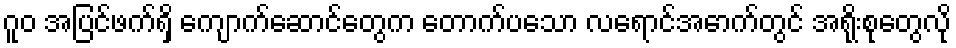
ဂူဝ အပြင်ဖက်ရှိ ကျောက်ဆောင်တွေက တောက်ပသော လရောင်အောက်တွင် အရိုးစုတွေလို